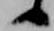
候